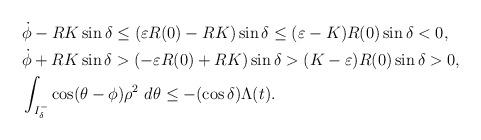
LaTeX: \begin{align*}\begin{aligned} & \dot{\phi} - R K \sin \delta \leq (\varepsilon R(0) - R K) \sin \delta \leq (\varepsilon - K) R(0) \sin \delta < 0, \\& \dot{\phi} + R K \sin \delta > (-\varepsilon R(0) + R K ) \sin \delta > (K- \varepsilon) R(0) \sin \delta > 0, \\& \int_{I_\delta^-} \cos(\theta-\phi)\rho^{2} ~ d\theta \leq -(\cos \delta) \Lambda(t). \end{aligned}\end{align*}